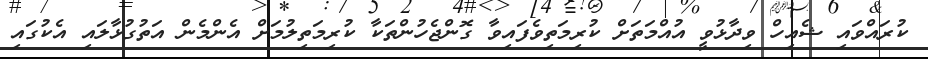
ކުރައްވައި ޝެއިހް ވިދާޅުވީ އުއްމަތަށް ކުރިމަތިވެފައިވާ ގޮންޖެހުންތަކާ ކުރިމަތިލުމަށް އެންމެން އަތުގުޅާލައި އެކުގައި